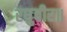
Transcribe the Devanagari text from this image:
रघुबीर॥